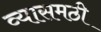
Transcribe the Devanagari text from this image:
व्यासमठी